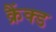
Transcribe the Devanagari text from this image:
क्रैंक्ड